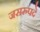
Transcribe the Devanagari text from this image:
जसरुपदे